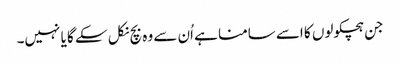
جن ہچکولوں کا اسے سامنا ہے اُن سے وہ بچ نکل سکے گا یا نہیں۔